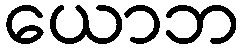
ယောဘ